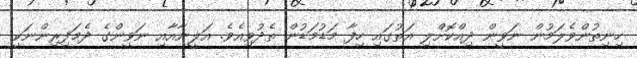
ހިނިތުންވެލަމުން ނަވީން ދިއްކޮށްލި އަތުގައި ހިފާ މަޑުމަޑުން ތެދުވިއެވެ. އަލީނާއާއި ނަވީންގެ ދެމަފިރިންނަކީ